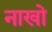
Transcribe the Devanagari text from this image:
नाखो